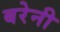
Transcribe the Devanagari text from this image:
बरेनी